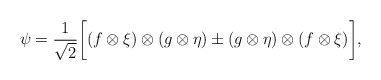
\begin{align*}\psi=\frac{1}{\sqrt{2}}\bigg[(f\otimes \xi)\otimes (g\otimes \eta)\pm (g\otimes \eta)\otimes (f\otimes \xi)\bigg],\end{align*}